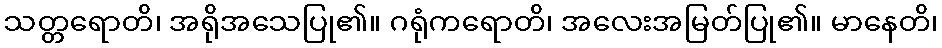
သတ္တရောတိ၊ အရိုအသေပြု၏။ ဂရုံကရောတိ၊ အလေးအမြတ်ပြု၏။ မာနေတိ၊